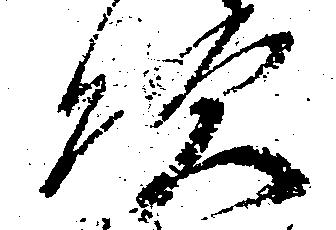
次